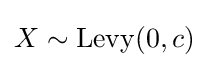
X\sim \operatorname {Levy} (0,c)